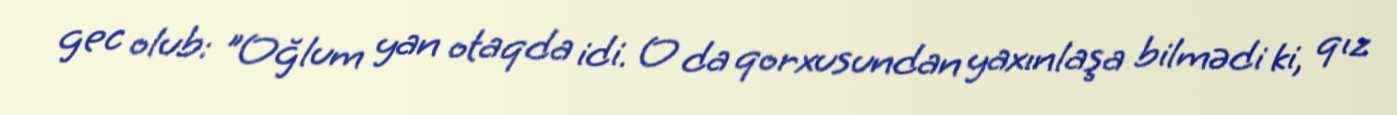
gec olub: "Oğlum yan otaqda idi. O da qorxusundan yaxınlaşa bilmədi ki, qız